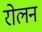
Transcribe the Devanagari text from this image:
रोलन